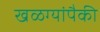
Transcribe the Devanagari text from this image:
खळग्यांपैकी